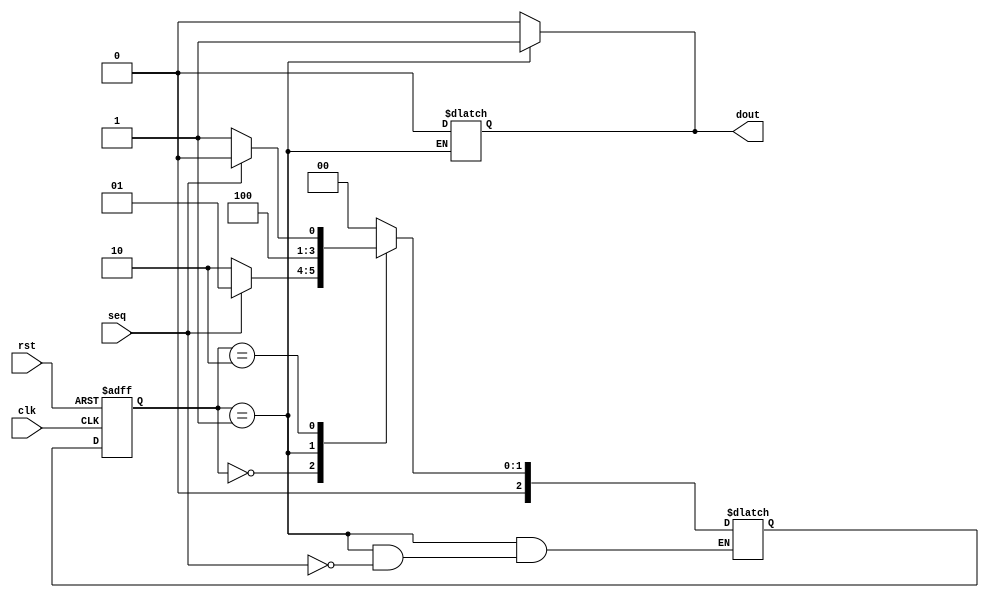
`timescale 1ns / 1ps
//////////////////////////////////////////////////////////////////////////////////
// Company: 
// Engineer: 
// 
// Design Name: 
// Module Name:    FSM3 
// Project Name: 
// Target Devices: 
// Tool versions: 
// Description: 
//
// Dependencies: 
//
// Revision: 
// Revision 0.01 - File Created
// Additional Comments: 
//
//////////////////////////////////////////////////////////////////////////////////
//20L118 HARIHARAN R R
module FSM3(seq,clk,rst,dout);
input clk,rst,seq;
output reg dout;
parameter W=2'b00;
parameter X=2'b01;
parameter Y=2'b10;
reg[2:0]current,next;
always @(posedge clk,posedge rst)
begin
if(rst)
current=1'b0;
else
current=next;
end
always @(current,seq)
begin
case(current)
W:begin
if(seq)
next=X;
else
next=Y;
end
X:begin
if(seq)
next=Y;
dout=1'b0;
end
Y:begin
if(seq)
next=W;
else
next=X;
end
default:next=W;
endcase
end
always @(current)
begin 
 case(current) 
 W:   dout = 0;
 X:   dout = 1;
 Y:  dout = 0;
 default:  dout = 0;
 endcase
end 
endmodule